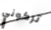
تركوني